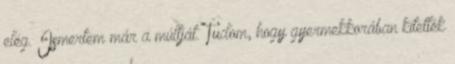
elég. Ismertem már a múltját. Tudom, hogy gyermekkorában kitették